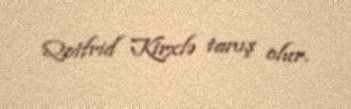
Qotfrid Kirxlə tanış olur.